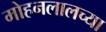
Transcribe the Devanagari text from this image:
मोहनलालच्या